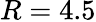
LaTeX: R=4.5